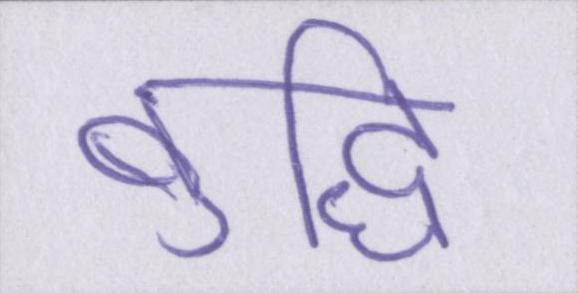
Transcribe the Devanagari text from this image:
बुद्धि